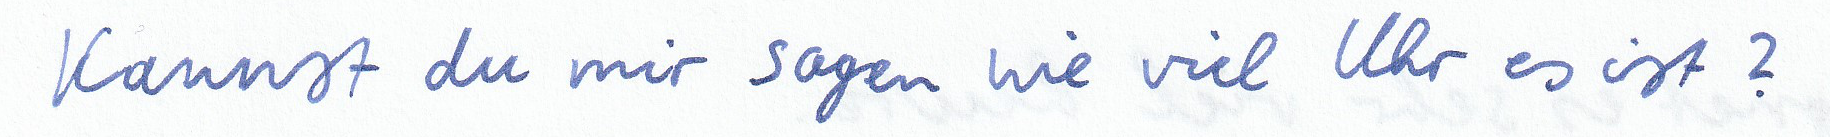
Kannst du mir sagen wie viel Uhr es ist?